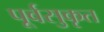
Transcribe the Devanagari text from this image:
पूर्वसुकृत